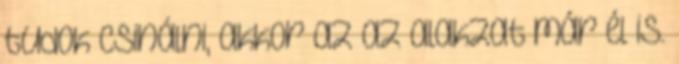
tudok csinálni, akkor az az alakzat már él is.